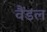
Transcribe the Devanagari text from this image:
वैंडल